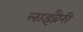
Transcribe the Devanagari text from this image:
लाइब्रैरी